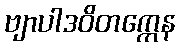
ဗျာပါဒဝိတက္ကေန